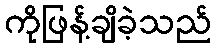
ကိုဖြန့်ချိခဲ့သည်